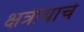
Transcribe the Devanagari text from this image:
क्षत्रीयाचे